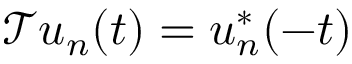
\mathcal T u _ { n } ( t ) = u _ { n } ^ { * } ( - t )